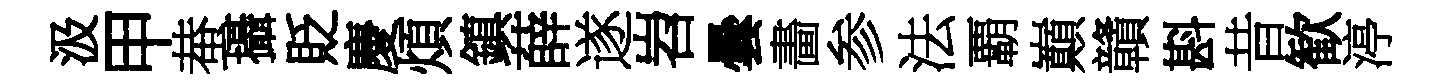
汲甲蛬攝貶慶煩鎮薛遂岧曇畵参法覇巔贛斟昔歓渟